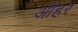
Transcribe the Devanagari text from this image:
ओहर